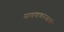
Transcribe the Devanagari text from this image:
माधवाश्रमस्वामी